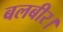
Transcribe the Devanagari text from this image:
बलबीर।